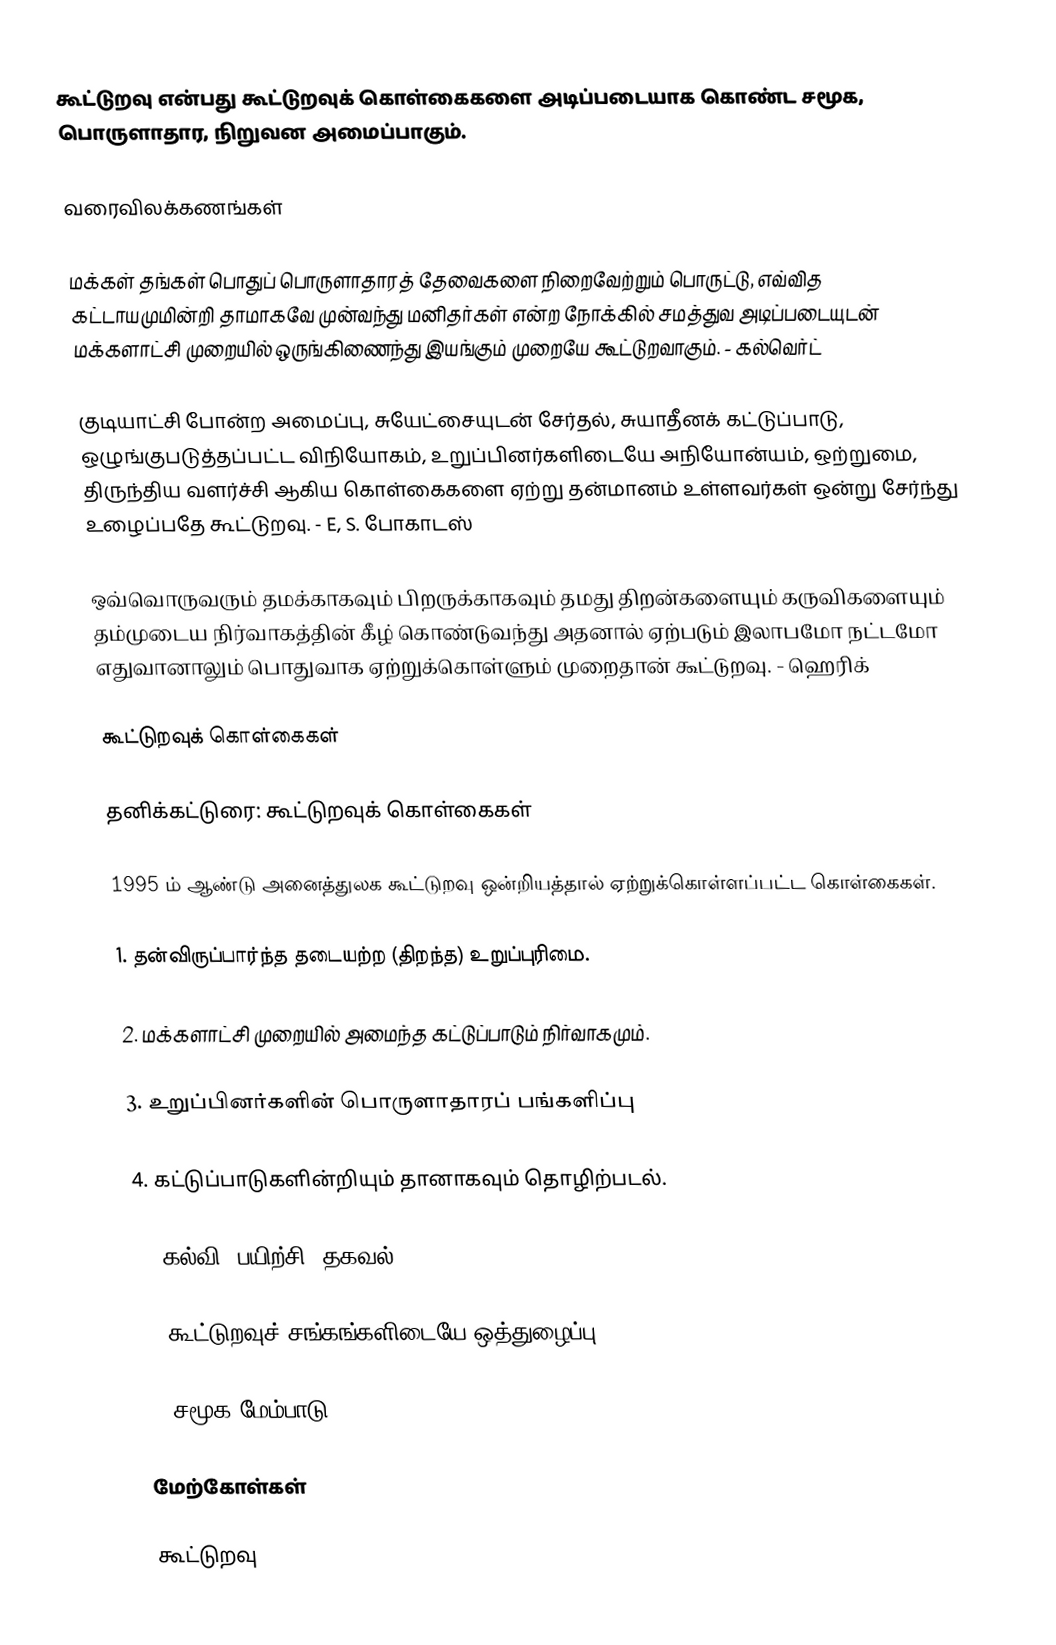
கூட்டுறவு என்பது கூட்டுறவுக் கொள்கைகளை அடிப்படையாக கொண்ட சமூக, பொருளாதார, நிறுவன அமைப்பாகும்.

வரைவிலக்கணங்கள்

 மக்கள் தங்கள் பொதுப் பொருளாதாரத் தேவைகளை நிறைவேற்றும் பொருட்டு, எவ்வித கட்டாயமுமின்றி தாமாகவே முன்வந்து மனிதர்கள் என்ற நோக்கில் சமத்துவ அடிப்படையுடன் மக்களாட்சி முறையில் ஒருங்கிணைந்து இயங்கும் முறையே கூட்டுறவாகும். - கல்வெர்ட்

குடியாட்சி போன்ற அமைப்பு, சுயேட்சையுடன் சேர்தல், சுயாதீனக் கட்டுப்பாடு, ஒழுங்குபடுத்தப்பட்ட விநியோகம், உறுப்பினர்களிடையே அநியோன்யம், ஒற்றுமை, திருந்திய வளர்ச்சி ஆகிய கொள்கைகளை ஏற்று தன்மானம் உள்ளவர்கள் ஒன்று சேர்ந்து உழைப்பதே கூட்டுறவு. - E, S. போகாடஸ்

ஒவ்வொருவரும் தமக்காகவும் பிறருக்காகவும் தமது திறன்களையும் கருவிகளையும் தம்முடைய நிர்வாகத்தின் கீழ் கொண்டுவந்து அதனால் ஏற்படும் இலாபமோ நட்டமோ எதுவானாலும் பொதுவாக ஏற்றுக்கொள்ளும் முறைதான் கூட்டுறவு. - ஹெரிக்

கூட்டுறவுக் கொள்கைகள்

தனிக்கட்டுரை: கூட்டுறவுக் கொள்கைகள்

1995 ம் ஆண்டு அனைத்துலக கூட்டுறவு ஒன்றியத்தால் ஏற்றுக்கொள்ளப்பட்ட கொள்கைகள்.

1. தன்விருப்பார்ந்த தடையற்ற (திறந்த) உறுப்புரிமை.

2. மக்களாட்சி முறையில் அமைந்த கட்டுப்பாடும் நிர்வாகமும்.

3. உறுப்பினர்களின் பொருளாதாரப் பங்களிப்பு

4. கட்டுப்பாடுகளின்றியும் தானாகவும் தொழிற்படல்.

5. கல்வி, பயிற்சி, தகவல்.

6. கூட்டுறவுச் சங்கங்களிடையே ஒத்துழைப்பு.

7. சமூக மேம்பாடு

மேற்கோள்கள்

கூட்டுறவு